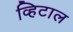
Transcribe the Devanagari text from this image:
व्हिटाल